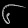
Digit: ၆